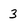
Character: 3